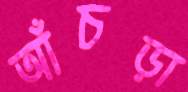
আঁচড়া